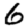
Digit: 6